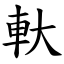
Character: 軑